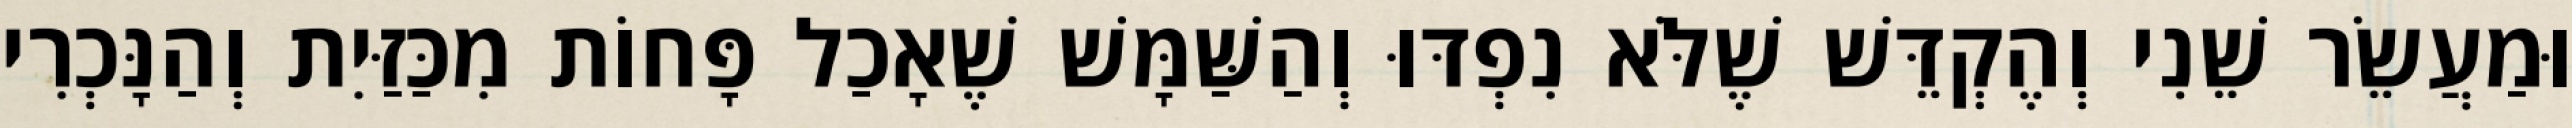
וּמַעֲשֵׂר שֵׁנִי וְהֶקְדֵּשׁ שֶׁלֹּא נִפְדּוּ וְהַשַּׁמָּשׁ שֶׁאָכַל פָּחוֹת מִכַּזַּיִת וְהַנָּכְרִי